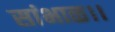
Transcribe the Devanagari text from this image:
सांभाळ।।